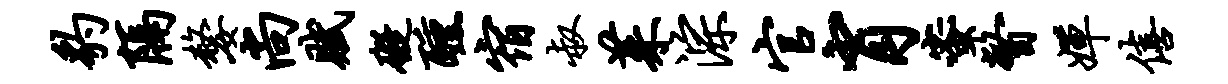
豹隔嫠尚赋碍醺宿叔茱淙官肖蜜瞥婵僖